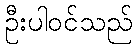
ဦးပါဝင်သည်